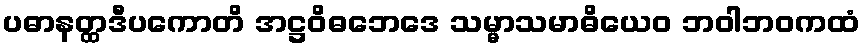
ပဓာနတ္ထဒီပကောတိ အဋ္ဌဝိဓဘေဒေ သမ္မာသမာဓိယေဝ ဘဝါဘဝကထံ